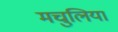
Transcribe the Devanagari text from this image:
मचुलिया